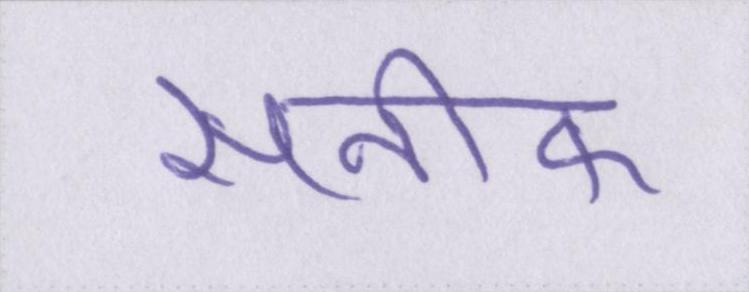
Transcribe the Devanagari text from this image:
सनीफ